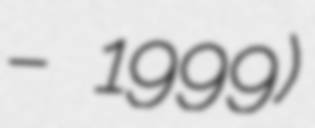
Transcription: – 1999)